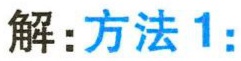
解:方法1: